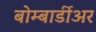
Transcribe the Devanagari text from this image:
बोम्बार्डीअर